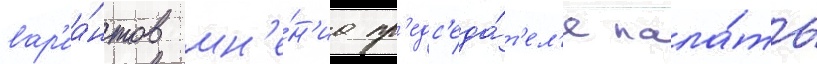
вар'иа́нтов мн'е́н'иа пр'едс'еда́т'ел'я пала́ты